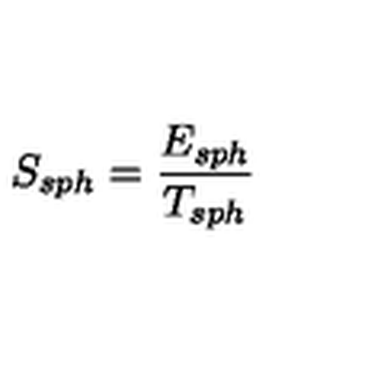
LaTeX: S _ { s p h } = \frac { E _ { s p h } } { T _ { s p h } }